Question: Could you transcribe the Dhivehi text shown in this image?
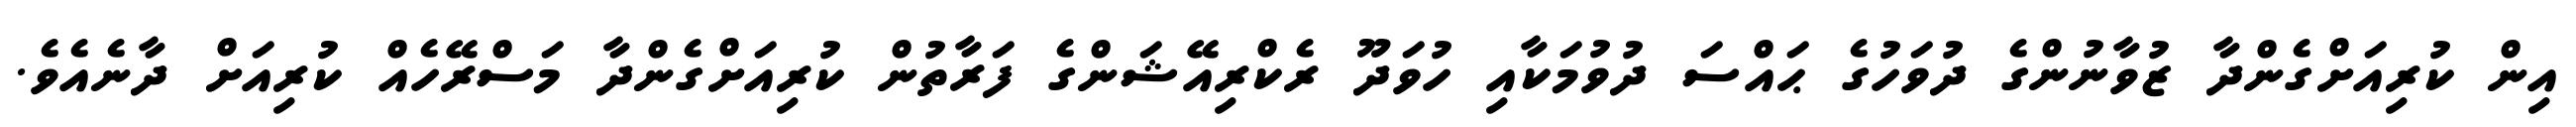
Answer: އިން ކުރިއަށްގެންދާ ޒުވާނުންގެ ދުވަހުގެ ޙައްސަ ދުވުމަކާއި ހުވަދޫ ރެކްރިއޭޝަންގެ ފަރާތުން ކުރިއަށްގެންދާ މަސްރޭހެއް ކުރިއަށް ދާނެއެވެ.